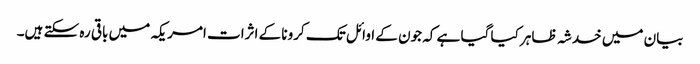
بیان میں خدشہ ظاہر کیا گیا ہے کہ جون کے اوائل تک کرونا کے اثرات امریکہ میں باقی رہ سکتے ہیں۔